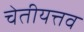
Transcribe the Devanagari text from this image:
चेतीयत्तव